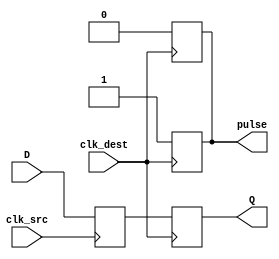
module pulsed_synchronizer #(
    parameter WIDTH = 1 // Width of the data input
)(
    input wire [WIDTH-1:0] D,          // Data input
    input wire clk_src,                 // Source clock
    input wire clk_dest,                // Destination clock
    output reg [WIDTH-1:0] Q,           // Synchronized output
    output reg pulse                    // Pulsed control signal
);

    // Internal signals for double flop synchronization
    reg [WIDTH-1:0] sync_ff1;           // First flip-flop output

    // First stage: Sample data on the source clock
    always @(posedge clk_src) begin
        sync_ff1 <= D;                   // Capture incoming data
    end

    // Second stage: Sample the first flip-flop output on the destination clock
    always @(posedge clk_dest) begin
        Q <= sync_ff1;                   // Capture synchronized data
        pulse <= 1'b1;                   // Generate pulse
    end

    // Generate pulse control signal
    always @(posedge clk_dest) begin
        pulse <= 1'b0;                   // Reset pulse after one clock cycle
    end

endmodule